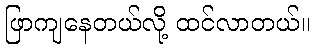
ဖြာကျနေတယ်လို့ ထင်လာတယ်။